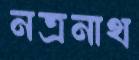
নত্রনাথ